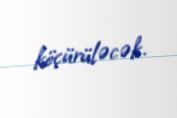
köçürüləcək.